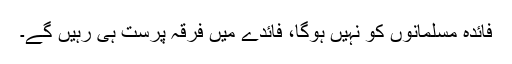
فائدہ مسلمانوں کو نہیں ہوگا، فائدے میں فرقہ پرست ہی رہیں گے۔